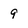
Character: 9